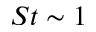
S t \sim 1